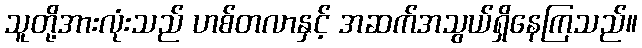
သူတို့အားလုံးသည် ဟစ်တလာနှင့် အဆက်အသွယ်ရှိနေကြသည်။